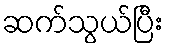
ဆက်သွယ်ပြီး